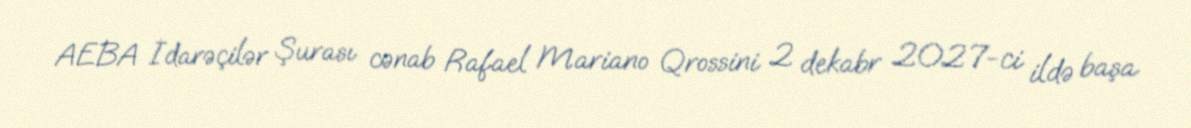
AEBA İdarəçilər Şurası cənab Rafael Mariano Qrossini 2 dekabr 2027-ci ildə başa